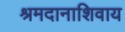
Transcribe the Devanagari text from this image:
श्रमदानाशिवाय